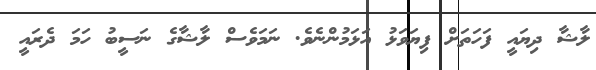
ލާޝާ ދިޔައީ ފަހަތަށް ފިޔަވަޅު އަޅަމުންނެވެ. ނަމަވެސް ލާޝާގެ ނަސީބު ހަމަ ދެރައީ